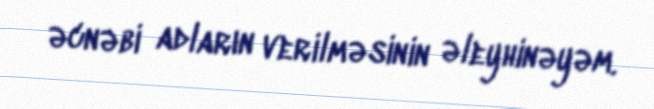
əcnəbi adların verilməsinin əleyhinəyəm.